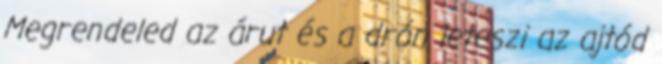
Megrendeled az árut és a drón leteszi az ajtód